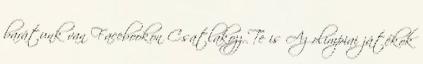
barátunk van Facebookon Csatlakozz Te is Az olimpiai játékok